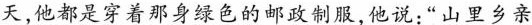
天,他都是穿着那身绿色的邮政制服,他说:“山里乡亲